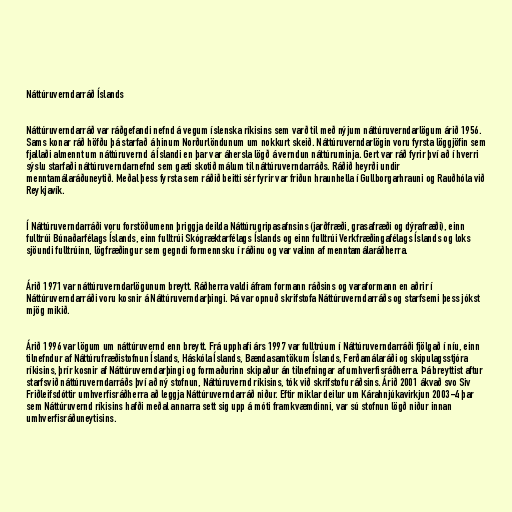
Náttúruverndarráð Íslands

Náttúruverndarráð var ráðgefandi nefnd á vegum íslenska ríkisins sem varð til með nýjum náttúruverndarlögum árið 1956.
Sams konar ráð höfðu þá starfað á hinum Norðurlöndunum um nokkurt skeið. Náttúruverndarlögin voru fyrsta löggjöfin sem
fjallaði almennt um náttúruvernd á Íslandi en þar var áhersla lögð á verndun náttúruminja. Gert var ráð fyrir því að í hverri
sýslu starfaði náttúruverndarnefnd sem gæti skotið málum til náttúruverndarráðs. Ráðið heyrði undir
menntamálaráðuneytið. Meðal þess fyrsta sem ráðið beitti sér fyrir var friðun hraunhella í Gullborgarhrauni og Rauðhóla við
Reykjavík.

Í Náttúruverndarráði voru forstöðumenn þriggja deilda Náttúrugripasafnsins (jarðfræði, grasafræði og dýrafræði), einn
fulltrúi Búnaðarfélags Íslands, einn fulltrúi Skógræktarfélags Íslands og einn fulltrúi Verkfræðingafélags Íslands og loks
sjöundi fulltrúinn, lögfræðingur sem gegndi formennsku í ráðinu og var valinn af menntamálaráðherra.

Árið 1971 var náttúruverndarlögunum breytt. Ráðherra valdi áfram formann ráðsins og varaformann en aðrir í
Náttúruverndarráði voru kosnir á Náttúruverndarþingi. Þá var opnuð skrifstofa Náttúruverndarráðs og starfsemi þess jókst
mjög mikið.

Árið 1996 var lögum um náttúruvernd enn breytt. Frá upphafi árs 1997 var fulltrúum í Náttúruverndarráði fjölgað í níu, einn
tilnefndur af Náttúrufræðistofnun Íslands, Háskóla Íslands, Bændasamtökum Íslands, Ferðamálaráði og skipulagsstjóra
ríkisins, þrír kosnir af Náttúruverndarþingi og formaðurinn skipaður án tilnefningar af umhverfisráðherra. Þá breyttist aftur
starfsvið náttúruverndarráðs því að ný stofnun, Náttúruvernd ríkisins, tók við skrifstofu ráðsins. Árið 2001 ákvað svo Siv
Friðleifsdóttir umhverfisráðherra að leggja Náttúruverndarráð niður. Eftir miklar deilur um Kárahnjúkavirkjun 2003-4 þar
sem Náttúruvernd ríkisins hafði meðal annarra sett sig upp á móti framkvæmdinni, var sú stofnun lögð niður innan
umhverfisráðuneytisins.